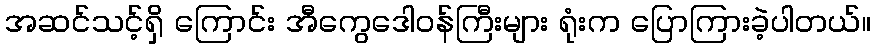
အဆင်သင့်ရှိ ကြောင်း အီကွေဒေါဝန်ကြီးများ ရုံးက ပြောကြားခဲ့ပါတယ်။